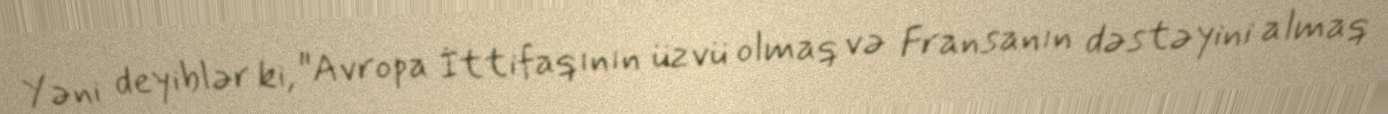
Yəni deyiblər ki, "Avropa İttifaqının üzvü olmaq və Fransanın dəstəyini almaq